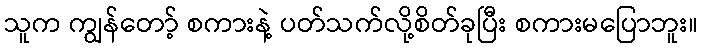
သူက ကျွန်တော့် စကားနဲ့ ပတ်သက်လို့စိတ်ခုပြီး စကားမပြောဘူး။